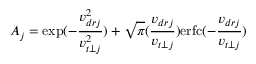
A _ { j } = \exp ( - \frac { v _ { d r j } ^ { 2 } } { v _ { t \perp j } ^ { 2 } } ) + \sqrt { \pi } ( \frac { v _ { d r j } } { v _ { t \perp j } } ) \mathrm { e r f c } ( - \frac { v _ { d r j } } { v _ { t \perp j } } )